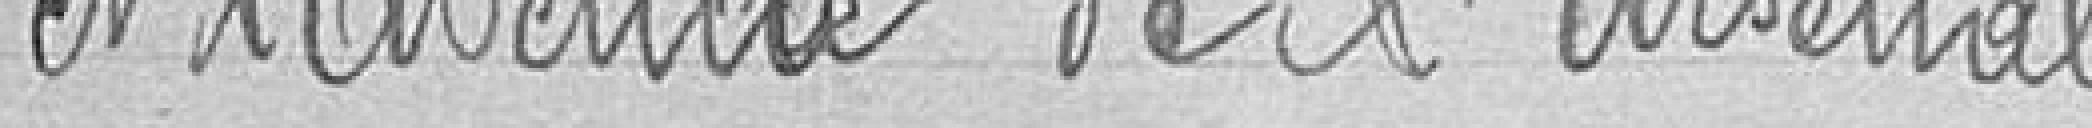
et l'avenue de l'Arsenal.